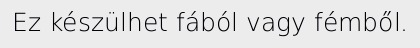
Ez készülhet fából vagy fémből.